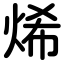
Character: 烯